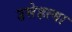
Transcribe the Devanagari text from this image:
उसेहत्या